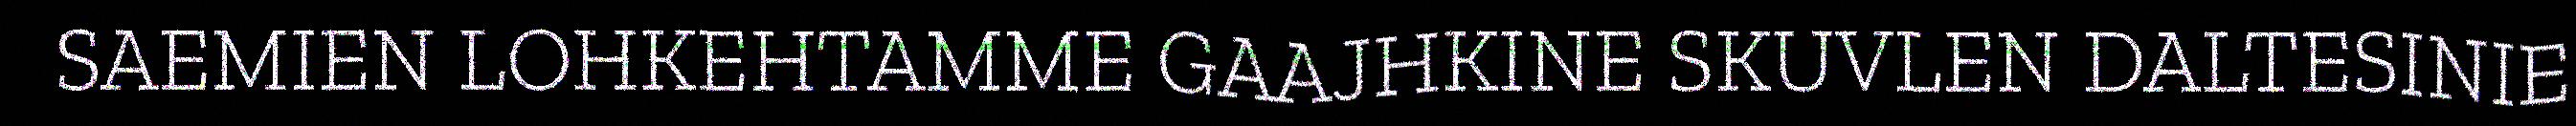
SAEMIEN LOHKEHTAMME GAAJHKINE SKUVLEN DALTESINIE